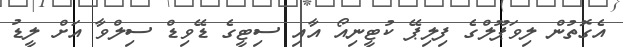
އެގޮތުން ލިވަޕޫލްގެ ފިލިޕޭ ކުޓީނިއޯ އާއި ސިޓީގެ ޑޭވިޑް ސިލްވާ އަށް ލީޑު